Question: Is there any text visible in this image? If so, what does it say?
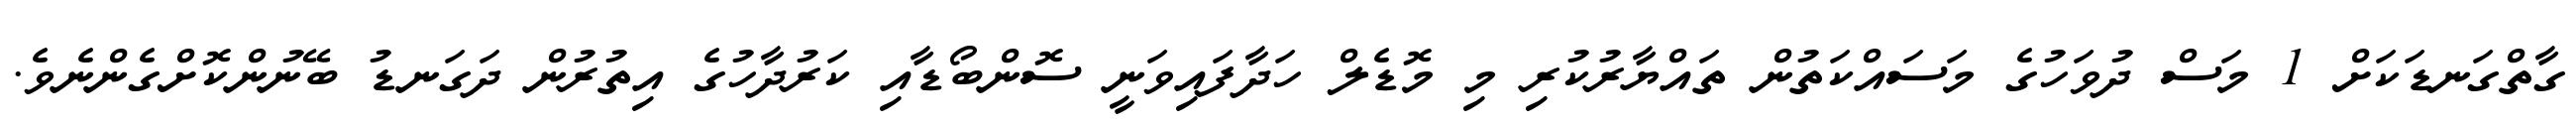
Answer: ގާތްގަނޑަކަށް 1 މަސް ދުވަހުގެ މަސައްކަތުން ތައްޔާރުކުރި މި މޮޑެލް ހަދާފައިވަނީ ސޮންބޯޑާއި ކަރުދާހުގެ އިތުރުން ދަގަނޑު ބޭނުންކޮށްގެންނެވެ.